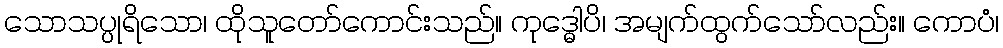
သောသပ္ပုရိသော၊ ထိုသူတော်ကောင်းသည်။ ကုဒ္ဓေါပိ၊ အမျက်ထွက်သော်လည်း။ ကောပံ၊